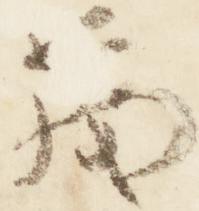
茂